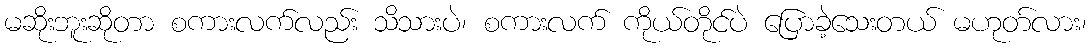
မဆိုးဘူးဆိုတာ စကားလက်လည်း သိသားပဲ၊ စကားလက် ကိုယ်တိုင်ပဲ ပြောခဲ့သေးတယ် မဟုတ်လား၊